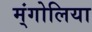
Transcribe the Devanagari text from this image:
म्ंगोलिया